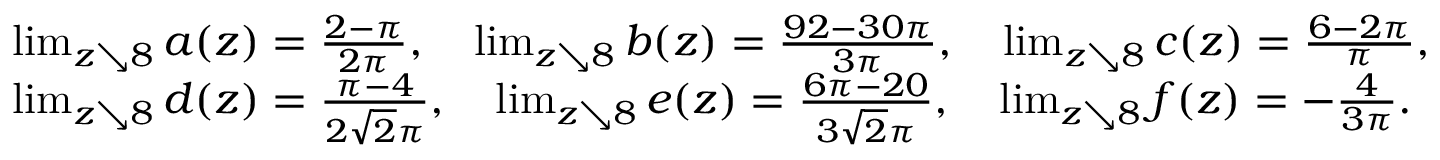
\begin{array} { r l } & { \operatorname* { l i m } _ { z \searrow 8 } a ( z ) = \frac { 2 - \pi } { 2 \pi } , \quad \operatorname* { l i m } _ { z \searrow 8 } b ( z ) = \frac { 9 2 - 3 0 \pi } { 3 \pi } , \quad \operatorname* { l i m } _ { z \searrow 8 } c ( z ) = \frac { 6 - 2 \pi } { \pi } , } \\ & { \operatorname* { l i m } _ { z \searrow 8 } d ( z ) = \frac { \pi - 4 } { 2 \sqrt { 2 } \pi } , \quad \operatorname* { l i m } _ { z \searrow 8 } e ( z ) = \frac { 6 \pi - 2 0 } { 3 \sqrt { 2 } \pi } , \quad \operatorname* { l i m } _ { z \searrow 8 } f ( z ) = - \frac { 4 } { 3 \pi } . } \end{array}